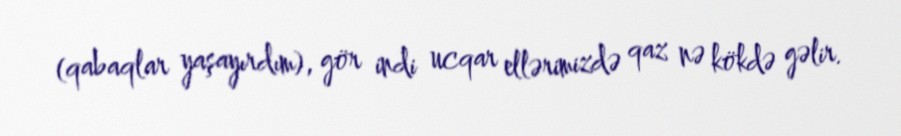
(qabaqlar yaşayırdım), gör indi ucqar ellərimizdə qaz nə kökdə gəlir.